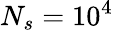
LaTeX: N_{s}=10^{4}